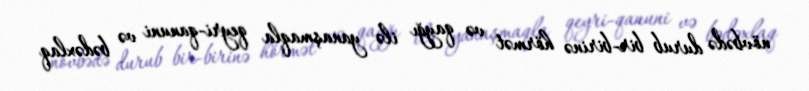
növbədə durub bir-birinə hörmət və qayğı ilə yanaşmaqla qeyri-qanuni və bədəxlaq